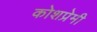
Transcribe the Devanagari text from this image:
कोशप्रेमी